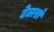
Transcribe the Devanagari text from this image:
टेलरां